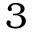
3